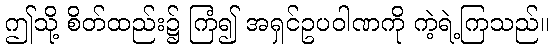
ဤသို့ စိတ်ထည်း၌ ကြံ၍ အရှင်ဥပဝါဏကို ကဲ့ရဲ့ကြသည်။